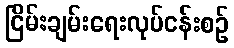
ငြိမ်းချမ်းရေးလုပ်ငန်းစဉ်